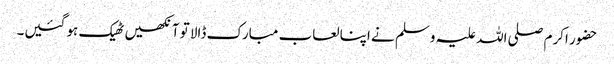
حضور اکرم صلی اللہ علیہ وسلم نے اپنا لعاب مبارک ڈالا تو آنکھیں ٹھیک ہو گئیں۔